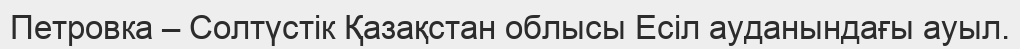
Петровка – Солтүстік Қазақстан облысы Есіл ауданындағы ауыл.